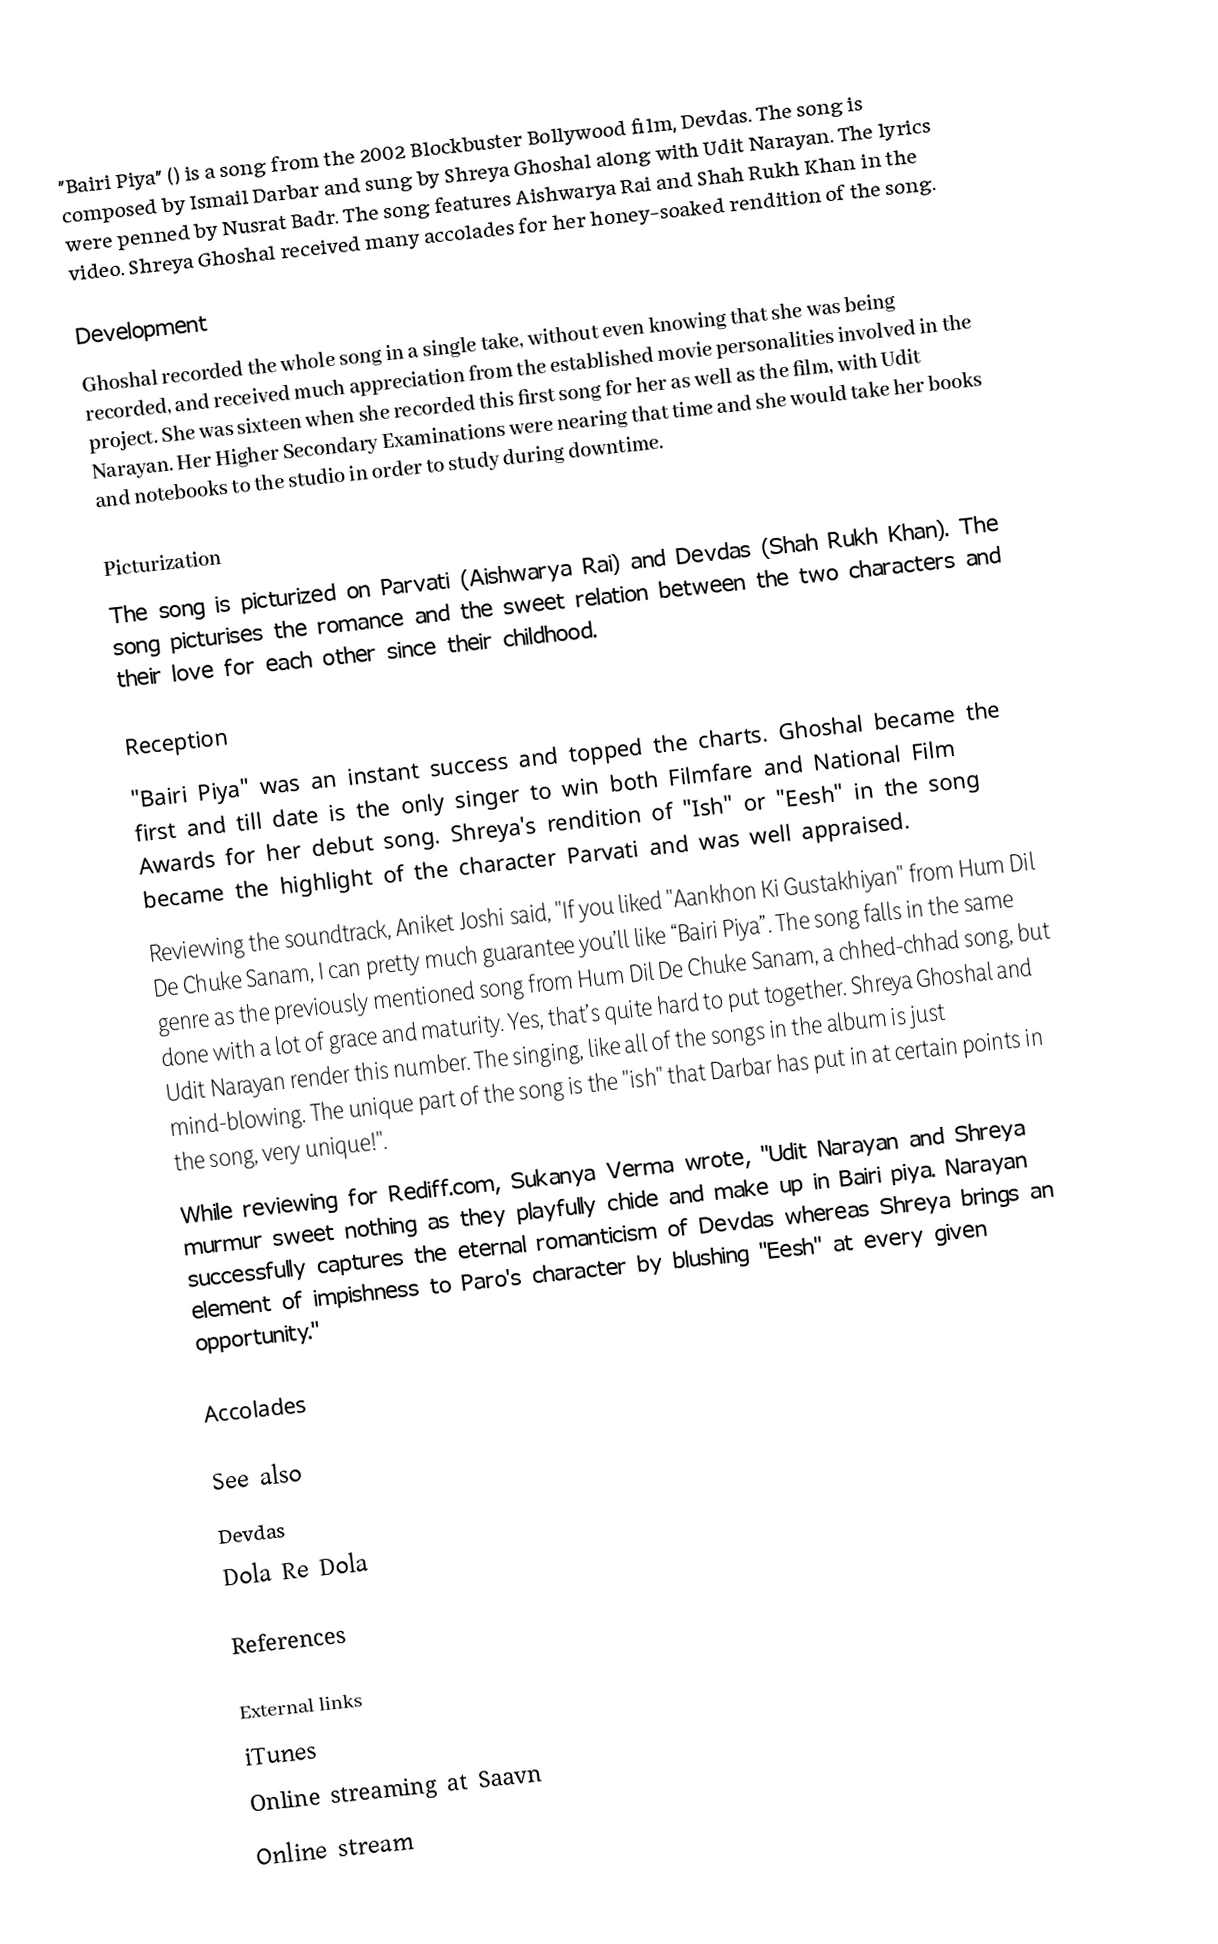
"Bairi Piya" () is a song from the 2002 Blockbuster Bollywood film, Devdas. The song is composed by Ismail Darbar and sung by Shreya Ghoshal along with Udit Narayan. The lyrics were penned by Nusrat Badr. The song features Aishwarya Rai and Shah Rukh Khan in the video. Shreya Ghoshal received many accolades for her honey-soaked rendition of the song.

Development
Ghoshal recorded the whole song in a single take, without even knowing that she was being recorded, and received much appreciation from the established movie personalities involved in the project.  She was sixteen when she recorded this first song for her as well as the film, with Udit Narayan. Her Higher Secondary Examinations were nearing that time and she would take her books and notebooks to the studio in order to study during downtime.

Picturization
The song is picturized on Parvati (Aishwarya Rai) and Devdas (Shah Rukh Khan). The song picturises the romance and the sweet relation between the two characters and their love for each other since their childhood.

Reception
"Bairi Piya" was an instant success and topped the charts. Ghoshal became the first and till date is the only singer to win both Filmfare and National Film Awards for her debut song.  Shreya's rendition of "Ish" or "Eesh" in the song became the highlight of the character Parvati and was well appraised.
Reviewing the soundtrack, Aniket Joshi said, "If you liked "Aankhon Ki Gustakhiyan" from Hum Dil De Chuke Sanam, I can pretty much guarantee you’ll like “Bairi Piya”. The song falls in the same genre as the previously mentioned song from Hum Dil De Chuke Sanam, a chhed-chhad song, but done with a lot of grace and maturity. Yes, that’s quite hard to put together. Shreya Ghoshal and Udit Narayan render this number. The singing, like all of the songs in the album is just mind-blowing. The unique part of the song is the "ish" that Darbar has put in at certain points in the song, very unique!".
While reviewing for Rediff.com, Sukanya Verma wrote, "Udit Narayan and Shreya murmur sweet nothing as they playfully chide and make up in Bairi piya. Narayan successfully captures the eternal romanticism of Devdas whereas Shreya brings an element of impishness to Paro's character by blushing "Eesh" at every given opportunity."

Accolades

See also
Devdas
Dola Re Dola

References

External links
 iTunes
 Online streaming at Saavn
 Online stream